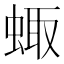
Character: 𧌗